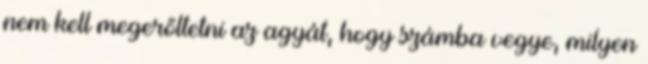
nem kell megerőltetni az agyát, hogy számba vegye, milyen